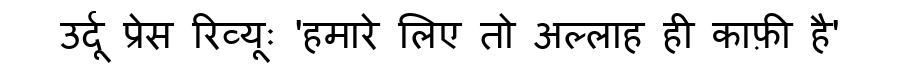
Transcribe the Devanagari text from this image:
उर्दू प्रेस रिव्यूः 'हमारे लिए तो अल्लाह ही काफ़ी है'